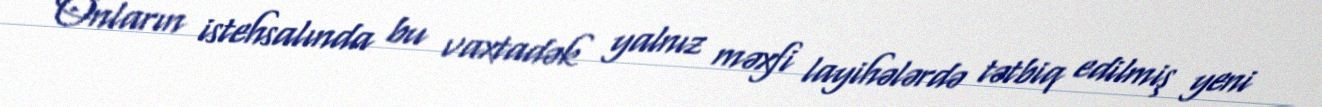
Onların istehsalında bu vaxtadək yalnız məxfi layihələrdə tətbiq edilmiş yeni